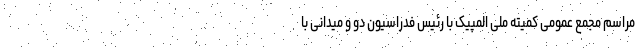
مراسم مجمع عمومی کمیته ملی المپیک با رئیس فدراسیون دو و میدانی با